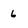
Character: 6